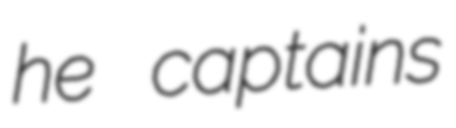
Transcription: he captains